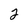
Character: 2